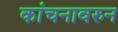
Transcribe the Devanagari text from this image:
कांचनावरुन